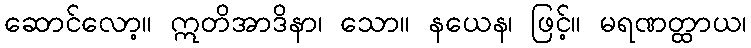
ဆောင်လော့။ ဣတိအာဒိနာ၊ သော။ နယေန၊ ဖြင့်။ မရဏတ္ထာယ၊